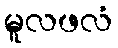
မူလဖလံ